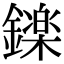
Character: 𮣏